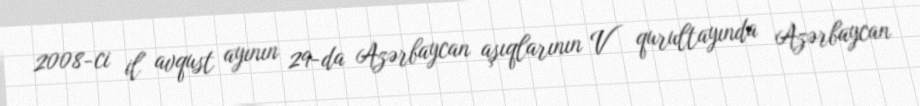
2008-ci il avqust ayının 29-da Azərbaycan aşıqlarının V qurultayında Azərbaycan